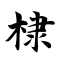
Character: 棣